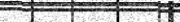
.